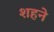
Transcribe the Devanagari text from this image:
शहने